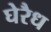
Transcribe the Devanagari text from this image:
घेरैध